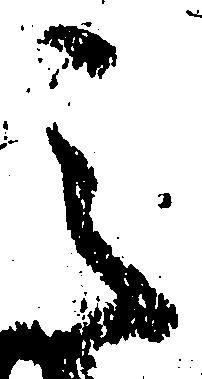
之